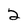
Character: 2